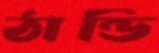
ঠান্ডি